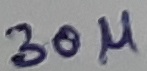
Text: 30µ